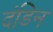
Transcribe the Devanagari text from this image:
दंडिन